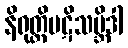
နိရုတ္တိပဋိသမ္ဘိဒါ